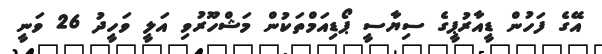
އޭގެ ފަހުން ޑީއާރުޕީގެ ސިޔާސީ ޕޯޑިއަމްތަކުން މަޝްހޫރުވި އަލީ ވަހީދު 26 ވަނީ